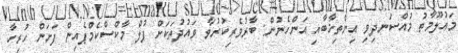
މައުލޫމާތު މުއްސަނދިވި އިންތިޚާބާއި އަންހެނުން: ބާރުވެރިކުރުވާ ވައުދުތަކަށް ފުލް މާކްސްކެމްޕެއިން ފަށަން ހުރިހާ